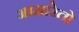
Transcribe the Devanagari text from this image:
आमारेतो